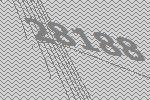
28188